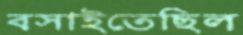
বসাইতেছিল